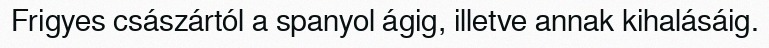
Frigyes császártól a spanyol ágig, illetve annak kihalásáig.